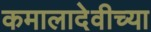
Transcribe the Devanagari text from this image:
कमालादेवीच्या